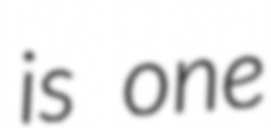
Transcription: is one